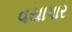
વયાપાર